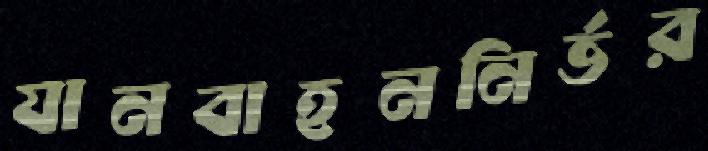
যানবাহননির্ভর